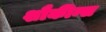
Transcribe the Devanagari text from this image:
शौकीन्स